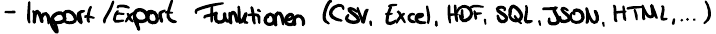
- Import / Export Funktionen (CSV, Excel, HDF, SQL, JSON, HTML,...)